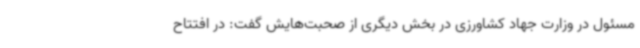
مسئول در وزارت جهاد کشاورزی در بخش دیگری از صحبت‌هایش گفت: در افتتاح